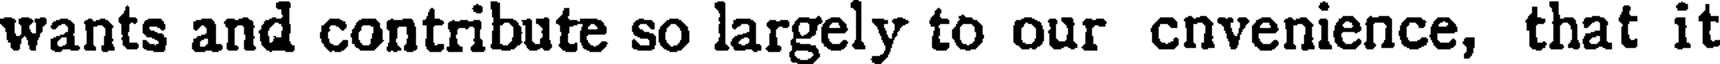
wants and contribute so largely to our cnvenience, that it